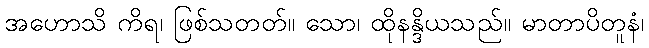
အဟောသိ ကိရ၊ ဖြစ်သတတ်။ သော၊ ထိုနန္ဒိယသည်။ မာတာပိတူနံ၊